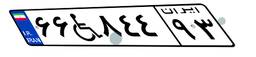
۵۵W۷۲۱۱۱